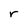
Character: r